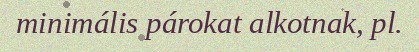
minimális párokat alkotnak, pl.